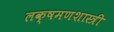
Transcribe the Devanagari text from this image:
लक्षमणशास्त्री